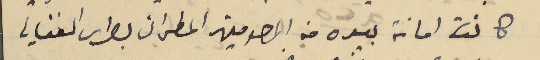
كانت امانة بيده من المرحومين المطران بطرس الفغالي